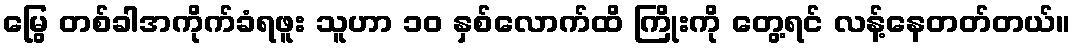
မြွေ တစ်ခါအကိုက်ခံရဖူး သူဟာ ၁၀ နှစ်လောက်ထိ ကြိုးကို တွေ့ရင် လန့်နေတတ်တယ်။